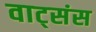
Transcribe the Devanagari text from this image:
वाट्संस